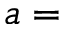
a =